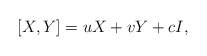
\begin{align*}[X,Y]=uX+vY+cI,\end{align*}